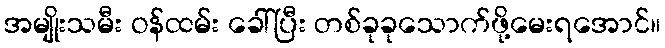
အမျိုးသမီး ဝန်ထမ်း ခေါ်ပြီး တစ်ခုခုသောက်ဖို့မေးရအောင်။